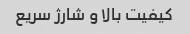
کیفیت بالا و شارژ سریع